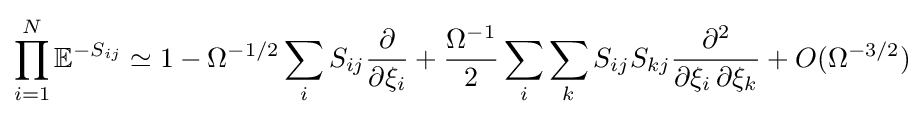
\prod _{i=1}^{N}\mathbb {E} ^{-S_{ij}}\simeq 1-\Omega ^{-1/2}\sum _{i}S_{ij}{\frac {\partial }{\partial \xi _{i}}}+{\frac {\Omega ^{-1}}{2}}\sum _{i}\sum _{k}S_{ij}S_{kj}{\frac {\partial ^{2}}{\partial \xi _{i}\,\partial \xi _{k}}}+O(\Omega ^{-3/2})